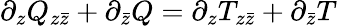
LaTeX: \partial_{z}Q_{z\bar{z}}+\partial_{\bar{z}}Q=\partial_{z}T_{z\bar{z}}+\partial_{\bar{z}}T